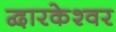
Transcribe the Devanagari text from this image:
द्वारकेश्वर